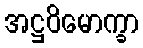
အဋ္ဌဝိမောက္ခာ